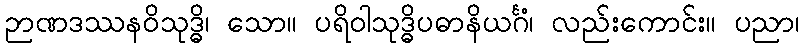
ဉာဏဒဿနဝိသုဒ္ဓိ၊ သော။ ပရိဝါသုဒ္ဓိပဓာနိယင်္ဂံ၊ လည်းကောင်း။ ပညာ၊